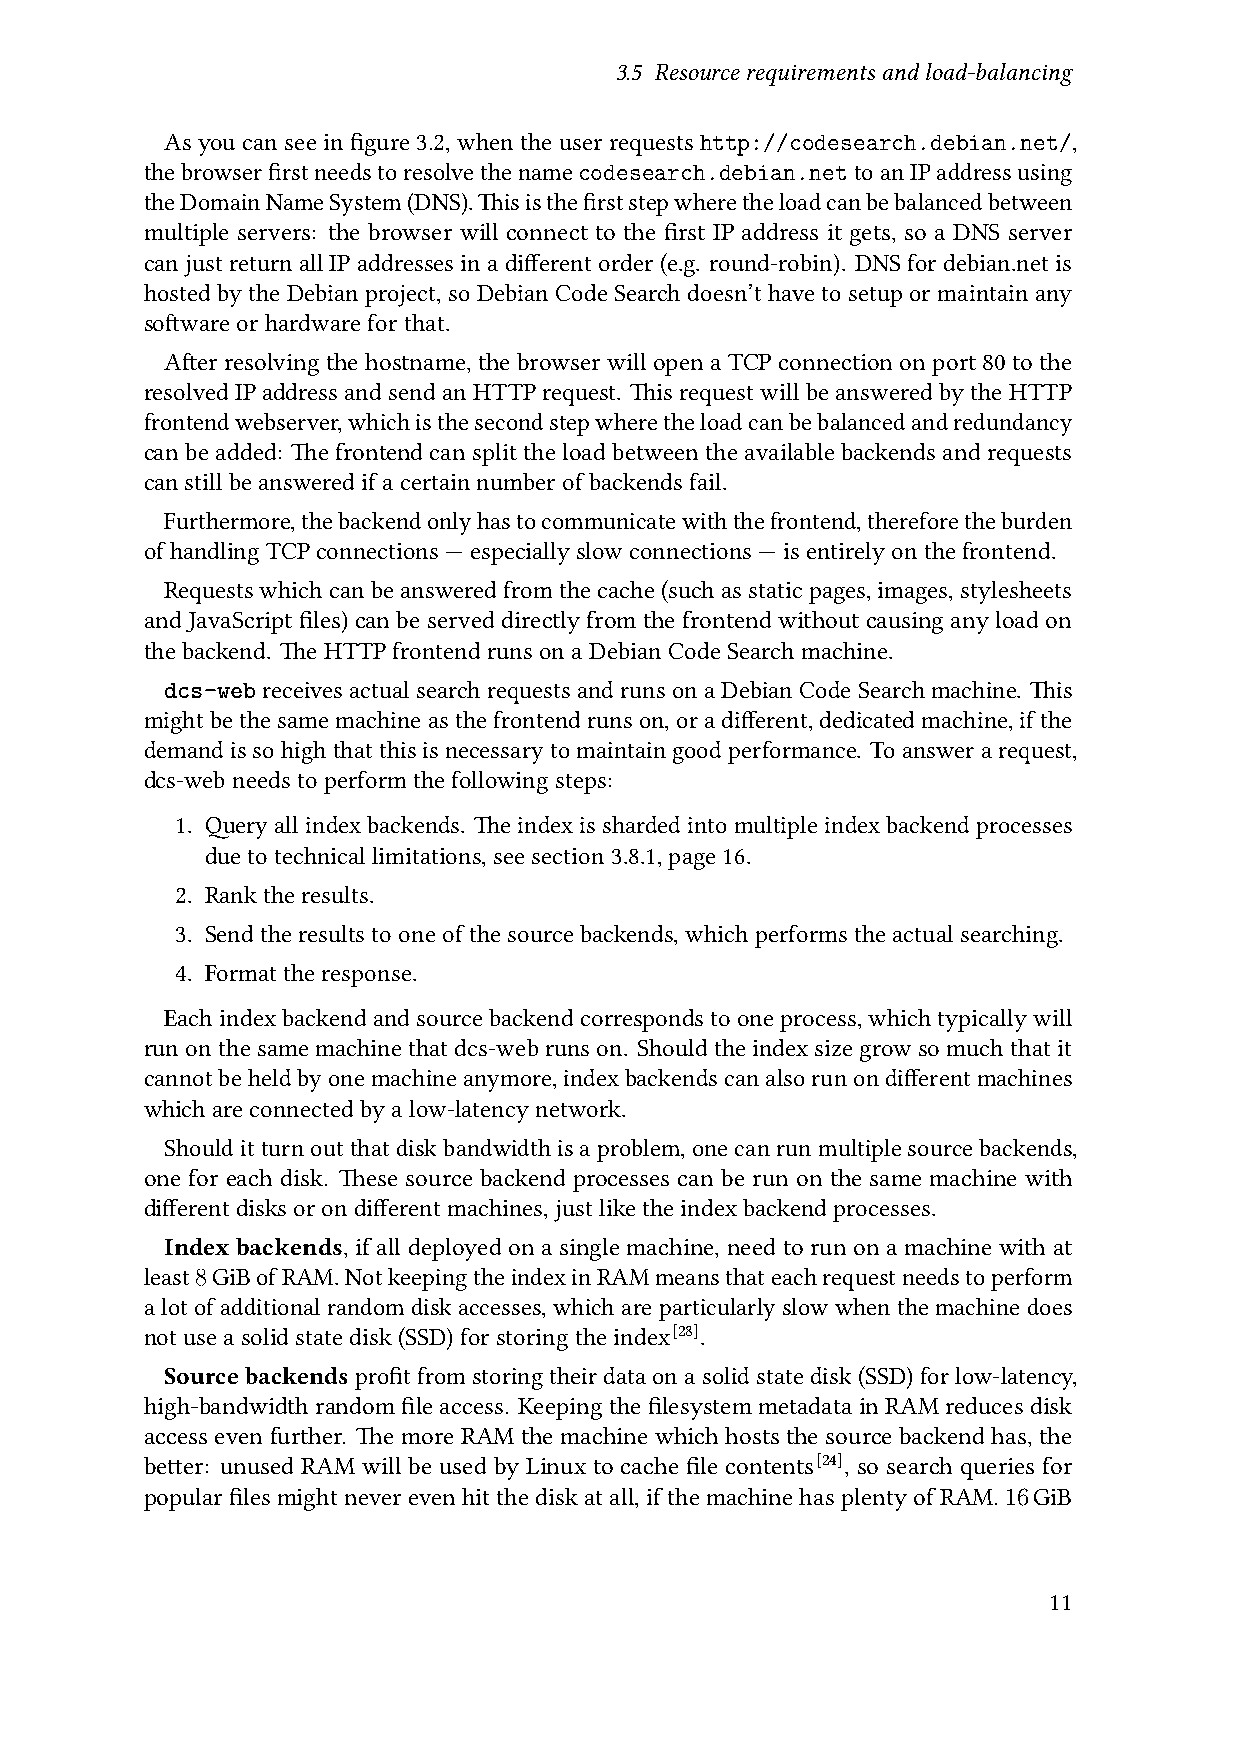
3.5 Resourcerequirementsandload-balancing
 Asyoucanseeinfigure3.2,whentheuserrequestshttp://codesearch.debian.net/,
 thebrowserfirstneedstoresolvethenamecodesearch.debian.nettoanIPaddressusing
 theDomainNameSystem(DNS).Thisisthefirststepwheretheloadcanbebalancedbetween
 multiple servers: the browser will connect to the first IP address it gets, so a DNS server
 can just return all IP addresses in a different order (e.g. round-robin). DNS for debian.net is
 hosted by the Debian project, so Debian Code Search doesn’t have to setup or maintain any
 softwareorhardwareforthat.
 Afterresolving thehostname,thebrowser will open a TCPconnectionon port 80to the
 resolvedIP addressandsend an HTTP request. This requestwillbe answered bythe HTTP
 frontendwebserver,whichisthesecondstepwheretheloadcanbebalancedandredundancy
 canbeadded: Thefrontendcansplittheload betweentheavailablebackendsandrequests
 canstillbeansweredifacertainnumberofbackendsfail.
 Furthermore,thebackendonlyhastocommunicatewiththefrontend,thereforetheburden
 ofhandlingTCPconnections—especiallyslowconnections—isentirelyonthefrontend.
 Requestswhichcanbeansweredfromthecache(suchasstaticpages,images,stylesheets
 and JavaScript files) can be served directly from the frontend without causing any load on
 thebackend. TheHTTPfrontendrunsonaDebianCodeSearchmachine.
 dcs-webreceivesactualsearchrequestsandrunsonaDebianCodeSearchmachine. This
 mightbethesamemachineasthefrontendrunson,oradifferent,dedicatedmachine,ifthe
 demand isso high that this isnecessary tomaintaingood performance. Toanswer a request,
 dcs-webneedstoperformthefollowingsteps:
 1. Query all index backends. The index is sharded into multiple index backend processes
 duetotechnicallimitations,seesection3.8.1,page16.
 2. Ranktheresults.
 3. Sendtheresultstooneofthesourcebackends,whichperformstheactualsearching.
 4. Formattheresponse.
 Eachindexbackendandsourcebackendcorrespondstooneprocess,whichtypicallywill
 runonthesamemachinethatdcs-webrunson. Shouldtheindexsizegrowsomuchthatit
 cannotbeheldbyonemachineanymore,indexbackendscanalsorunondifferentmachines
 whichareconnectedbyalow-latencynetwork.
 Should it turn out that disk bandwidth is a problem, one can run multiple source backends,
 one for each disk. These source backend processes can be run on the same machine with
 differentdisksorondifferentmachines,justliketheindexbackendprocesses.
 Index backends, if all deployed on a single machine, need to run on a machine with at
 least8GiBofRAM.NotkeepingtheindexinRAMmeansthateachrequestneedstoperform
 a lot of additional random disk accesses, which are particularly slow when the machine does
 notuseasolidstatedisk(SSD)forstoringtheindex[28].
 Source backends profit from storing their data on a solid state disk (SSD) for low-latency,
 high-bandwidth random file access. Keeping the filesystem metadata in RAM reduces disk
 access even further. The more RAM the machine which hosts the source backend has, the
 better: unused RAM will be used by Linux to cache file contents[24], so search queries for
 popularfilesmightneverevenhitthediskatall,ifthemachinehasplentyofRAM.16GiB
 11